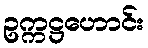
ဥက္ကဋ္ဌဟောင်း